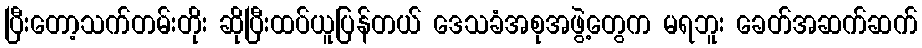
ပြီးတော့သက်တမ်းတိုး ဆိုပြီးထပ်ယူပြန်တယ် ဒေသခံအစုအဖွဲ့တွေက မရဘူး ခေတ်အဆက်ဆက်